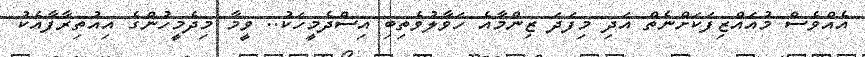
އެއްވެސް މުއައްޒިފަކަށްނެތް އަދި މިފަދަ ޒިންމާއެ ހަވާލުވެތިބި އިސްދެމީހަކު.. ވީމާ މިދެމީހުންގެ އިއުތިރާފާއެކު